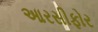
આરસીફોર